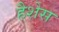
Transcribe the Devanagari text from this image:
हैशेस